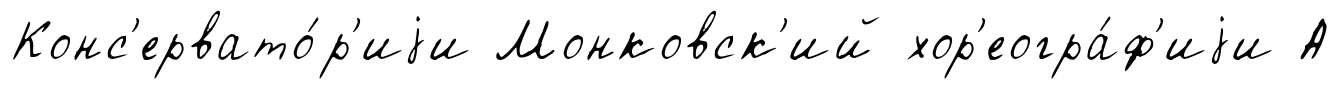
Конс'ервато́р'иjи Монковск'ий хор'еогра́ф'иjи А